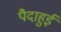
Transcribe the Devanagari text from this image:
पैदाहुई